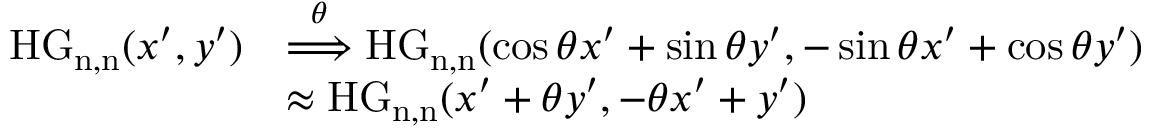
\begin{array} { r l } { \mathrm { H G _ { n , n } } ( x ^ { \prime } , y ^ { \prime } ) } & { \overset { \theta } { \Longrightarrow } \mathrm { H G _ { n , n } } ( \cos \theta x ^ { \prime } + \sin \theta y ^ { \prime } , - \sin \theta x ^ { \prime } + \cos \theta y ^ { \prime } ) } \\ & { \approx \mathrm { H G _ { n , n } } ( x ^ { \prime } + \theta y ^ { \prime } , - \theta x ^ { \prime } + y ^ { \prime } ) } \end{array}